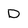
Character: D